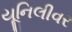
યૂનિલીવર